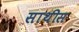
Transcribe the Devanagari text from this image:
साथीस